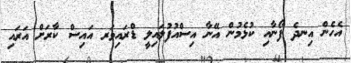
އެހެން އިނދެ ފޯނާއި ކުޅެމުން އޭނާ އިސްއުފުލައިލީ ޑްރައިވަރ އައިސް ކާރަށް އަރައި